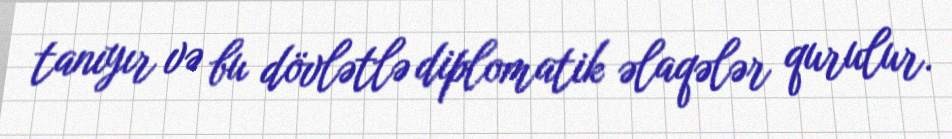
tanıyır və bu dövlətlə diplomatik əlaqələr qurulur.